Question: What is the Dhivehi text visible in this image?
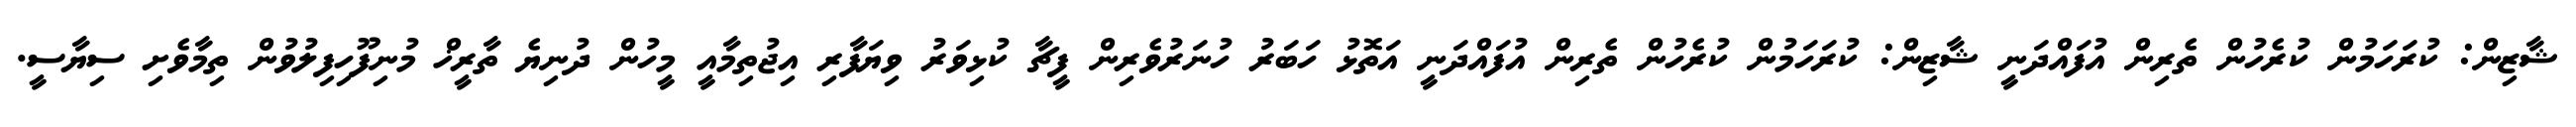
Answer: ޝާޒިން: ކުރަހަމުން ކުރެހުން ތެރިން އުފައްދަނީ ޝާޒިން: ކުރަހަމުން ކުރެހުން ތެރިން އުފައްދަނީ އަތޮޅު ހަބަރު ހުނަރުވެރިން ފީޗާ ކުޅިވަރު ވިޔަފާރި އިޖުތިމާއީ މީހުން ދުނިޔެ ތާރީޚް މުނިފޫހިފިލުވުން ތިމާވެށި ސިޔާސީ.